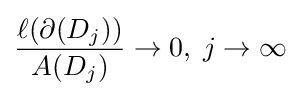
{\frac {\ell (\partial (D_{j}))}{A(D_{j})}}\to 0,\;j\to \infty